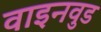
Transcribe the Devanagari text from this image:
वाइनवुड